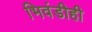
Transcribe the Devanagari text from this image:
भिवंडीही